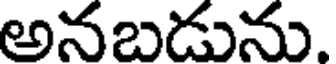
అనబడును.